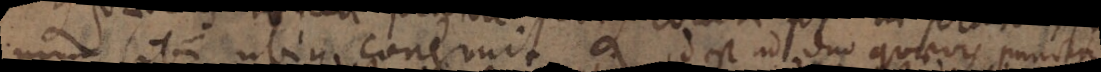
num sibi ubique congruit id est duo quaevis puncta